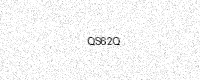
Text: QS62Q